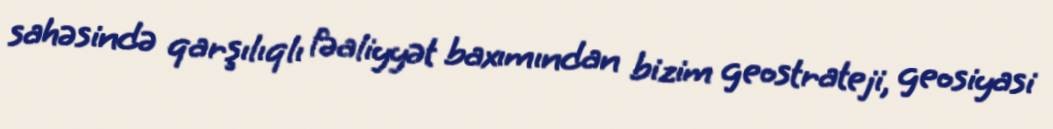
sahəsində qarşılıqlı fəaliyyət baxımından bizim geostrateji, geosiyasi